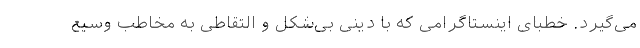
می‌گیرد. خطبای اینستاگرامی که با دینی بی‌شکل و التقاطی به مخاطب وسیع